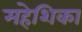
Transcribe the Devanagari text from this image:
महेशिका